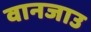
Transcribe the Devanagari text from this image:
वानजाउ